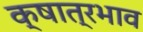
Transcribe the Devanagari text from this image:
क्षात्रभाव